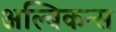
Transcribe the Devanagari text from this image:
अल्बिकन्स